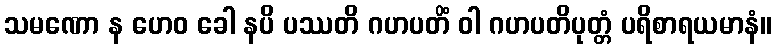
သမဏော န ဟေဝ ခေါ နပိ ပဿတိ ဂဟပတိံ ဝါ ဂဟပတိပုတ္တံ ပရိစာရယမာနံ။